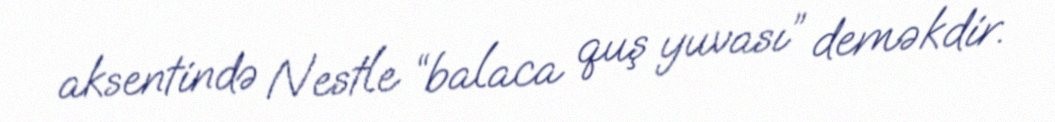
aksentində Nestle “balaca quş yuvası” deməkdir.